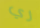
ري